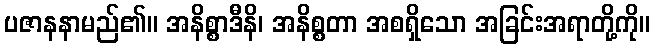
ပဇာနနာမည်၏။ အနိစ္စာဒီနိ၊ အနိစ္စတာ အစရှိသော အခြင်းအရာတို့ကို။